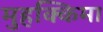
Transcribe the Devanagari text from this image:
मुहक्किमा